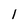
Character: l